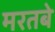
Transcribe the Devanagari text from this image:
मरतबे